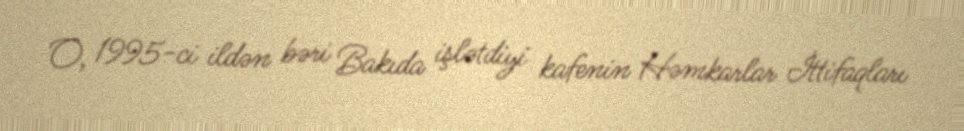
O, 1995-ci ildən bəri Bakıda işlətdiyi kafenin Həmkarlar İttifaqları